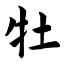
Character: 牡